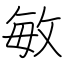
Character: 敏